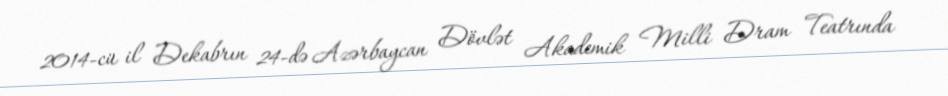
2014-cü il Dekabrın 24-də Azərbaycan Dövlət Akademik Milli Dram Teatrında